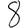
Digit: 8